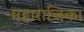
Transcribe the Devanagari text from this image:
महाराजिक।